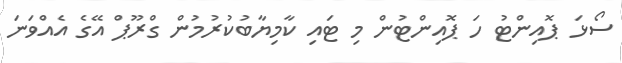
ސޯޅަ ޕޮއިންޓު ހަ ޕޮއިންޓުން މި ޓައި ކާމިޔާބުކުރުމުން ގްރޫޕް އޭގެ އެއްވަނަ